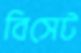
বিসেট